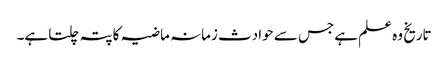
تاریخ وہ علم ہے جس سے حوادث زمانہ ماضیہ کا پتہ چلتا ہے۔